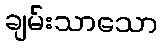
ချမ်းသာသော